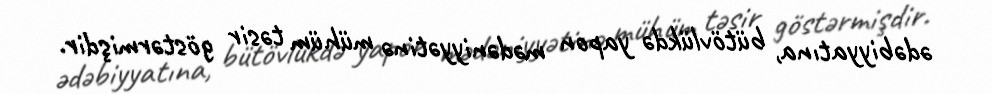
ədəbiyyatına, bütövlükdə yapon mədəniyyətinə mühüm təsir göstərmişdir.